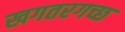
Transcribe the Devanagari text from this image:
खगतरगच्छ